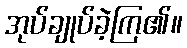
အုပ်ချုပ်ခဲ့ကြ၏။